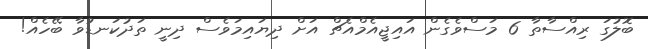
ބޮލުގަ ރިއްސާތާ 6 މަސްވެގެން އައިޖީއެމްއެޗް އަށް ދިޔައިމަވެސް ދިނީ ތަދުކަނޑުވާ ބޭހެއް!